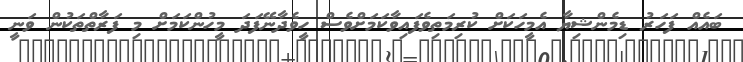
ބައެއް ފަހަރު ޑިމެންޝިޔާ އެމީހަކަށް ކުރިމަތިވެފައިވާކަމަށްވެސް ހީވެދާނޭފަދަ މީހުންކަމަށް މި ފަރާތްތަކުން ވަނީ